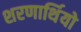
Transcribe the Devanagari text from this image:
शरणार्थियो